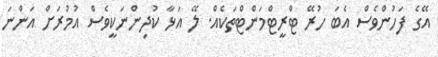
އޭގެ ފަހުންވެސް އެބަ ހުރޭ ޓްރީޓްމަންޓްތަކެއް. ލޭ އަޅާ ކުދިންނަކީވެސް އުމުރަށް އަންނަ